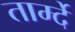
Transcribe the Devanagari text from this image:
तार्म्दे